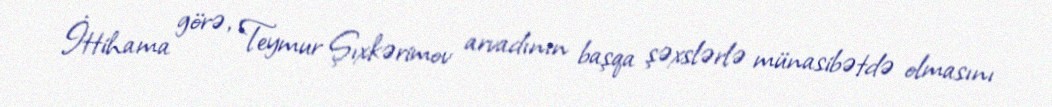
İttihama görə, Teymur Şıxkərimov arvadının başqa şəxslərlə münasibətdə olmasını